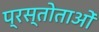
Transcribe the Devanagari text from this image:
प्रस्तोताओं